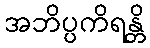
အဘိပ္ပကိရန္တိ